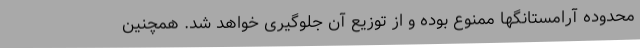
محدوده آرامستانگها ممنوع بوده و از توزیع آن جلوگیری خواهد شد. همچنین